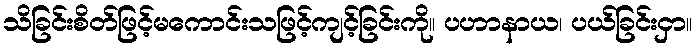
သိခြင်းစိတ်ဖြင့်မကောင်းသဖြင့်ကျင့်ခြင်းကို။ ပဟာနာယ၊ ပယ်ခြင်းငှာ။